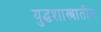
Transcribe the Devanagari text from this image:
युद्धशास्त्रातील